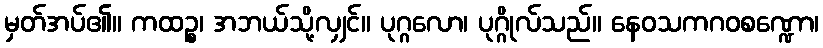
မှတ်အပ်၏။ ကထဉ္စ၊ အဘယ်သို့လျှင်။ ပုဂ္ဂလော၊ ပုဂ္ဂိုလ်သည်။ နေဝသကဂဝစဏ္ဍော၊